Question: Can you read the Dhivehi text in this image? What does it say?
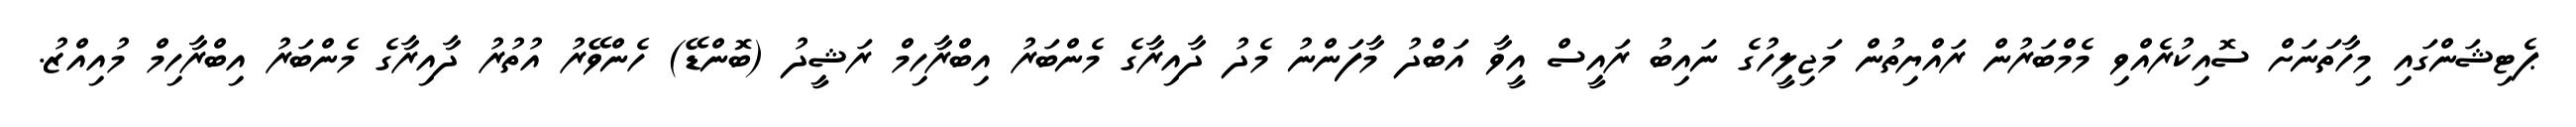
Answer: ޕެޓިޝަންގައި މިހާތަނަށް ސޮއިކުރެއްވި މެމްބަރުން ރައްޔިތުން މަޖިލީހުގެ ނައިބު ރައީސް އީވާ އަބްދު މާފަންނު މެދު ދާއިރާގެ މެންބަރު އިބްރާހިމް ރަޝީދު (ބޮންޑޭ) ހެންވޭރު އުތުރު ދާއިރާގެ މެންބަރު އިބްރާހިމް މުއިއްޒު.